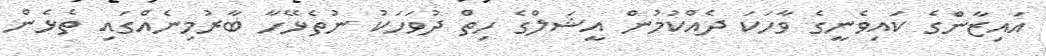
އައިޒާންގެ ކައިވެނީގެ ވާހަކަ ދެއްކުމުން އީޝަލްގެ ހިތް ދުވަހަކު ނުތެޅޭހާ ބާރުމިނެއްގައި ތެޅެން